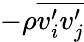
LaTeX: -\rho{\overline{{v_{i}^{\prime}v_{j}^{\prime}}}}